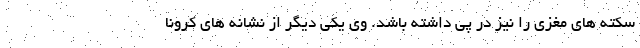
سکته های مغزی را نیز در پی داشته باشد. وی یکی دیگر از نشانه های کرونا